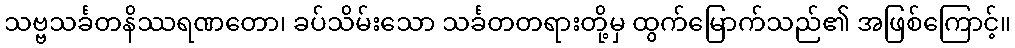
သဗ္ဗသင်္ခတနိဿရဏတော၊ ခပ်သိမ်းသော သင်္ခတတရားတို့မှ ထွက်မြောက်သည်၏ အဖြစ်ကြောင့်။